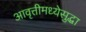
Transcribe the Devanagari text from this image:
आवृत्तीमध्येसुद्धा